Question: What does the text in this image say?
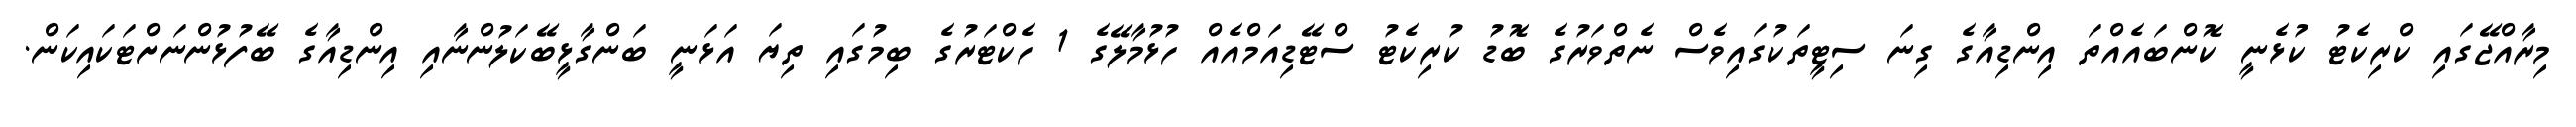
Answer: މިރާއްޖޭގައި ކްރިކެޓު ކުޅެނީ ކޮންބައެއްތަ އިންޑިއާގެ ގިނަ ސިޓީތަކުގައިވެސް ނެތްވަރުގެ ބޮޑު ކުރިކެޓު ސްޓޭޑިއަމްއެއް ހުޅުމާލޭގެ 1 ހެކްޓަރުގެ ބިމުގައި ތިޔަ އަޅަނީ ބަންގާޅީބޭކަލުންނާއި އިންޑިއާގެ ބޭފުޅުންނަށްޓަކައިކަން.